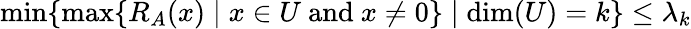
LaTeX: \operatorname*{min}\{ \operatorname*{max}\{ R_{A}(x)\mid x\in U{\mathrm{~and~}}x\neq 0\} \mid\dim(U)=k\} \leq\lambda_{k}